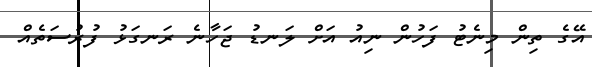
އޭގެ ތިން މިނެޓު ފަހުން ނިއު އަށް ލަނޑު ޖަހާނެ ރަނގަޅު ފުރުސަތެއް